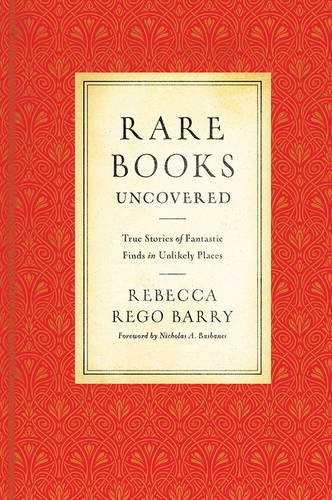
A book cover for Rare Books Uncovered: True Stories of Fantastic Finds in Unlikely Places; Rebecca Rego Barry; Comics & Graphic Novels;